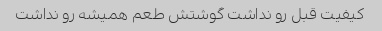
کیفیت قبل رو نداشت گوشتش طعم همیشه رو نداشت